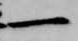
一